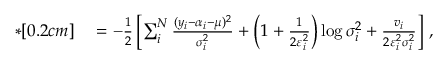
\begin{array} { r l } { * [ 0 . 2 c m ] } & { { } = - \frac { 1 } { 2 } \left[ \sum _ { i } ^ { N } \frac { ( y _ { i } - \alpha _ { i } - \mu ) ^ { 2 } } { \sigma _ { i } ^ { 2 } } + \left( 1 + \frac { 1 } { 2 \varepsilon _ { i } ^ { 2 } } \right) \log { \sigma _ { i } ^ { 2 } } + \frac { v _ { i } } { 2 \varepsilon _ { i } ^ { 2 } \sigma _ { i } ^ { 2 } } \right] \, , } \end{array}